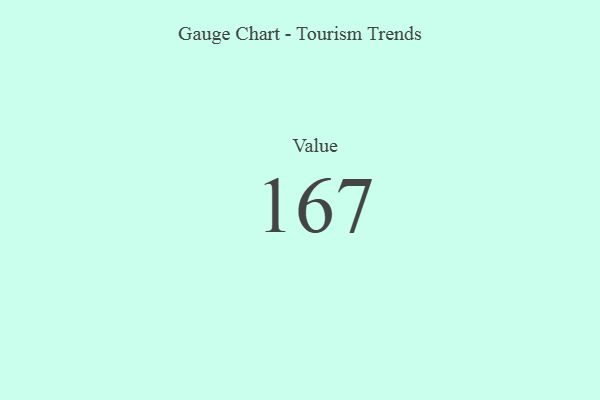
{"axis": {"x": "Metric", "y": "Value"}, "legend": [""], "data": [{"x": "Value", "y": 167, "type": ""}]}